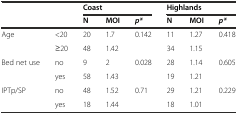
<table><thead><tr><td rowspan="2" colspan="2"></td><td colspan="3"><b>Coast</b></td><td colspan="3"><b>Highlands</b></td></tr><tr><td><b>N</b></td><td><b>MOI</b></td><td><b><i>p*</i></b></td><td><b>N</b></td><td><b>MOI</b></td><td><b><i>p*</i></b></td></tr></thead><tbody><tr><td rowspan="2">Age</td><td>&lt;20</td><td>20</td><td>1.7</td><td rowspan="2">0.142</td><td>11</td><td>1.27</td><td rowspan="2">0.418</td></tr><tr><td>≥20</td><td>48</td><td>1.42</td><td>34</td><td>1.15</td></tr><tr><td rowspan="2">Bed net use</td><td>no</td><td>9</td><td>2</td><td rowspan="2">0.028</td><td>28</td><td>1.14</td><td rowspan="2">0.605</td></tr><tr><td>yes</td><td>58</td><td>1.43</td><td>19</td><td>1.21</td></tr><tr><td rowspan="2">IPTp/SP</td><td>no</td><td>48</td><td>1.52</td><td rowspan="2">0.71</td><td>29</td><td>1.21</td><td rowspan="2">0.229</td></tr><tr><td>yes</td><td>18</td><td>1.44</td><td>18</td><td>1.01</td></tr></tbody></table>